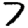
Digit: 7